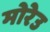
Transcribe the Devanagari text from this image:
मोरेउ